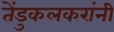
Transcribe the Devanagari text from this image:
तेंडुकलकरांनी